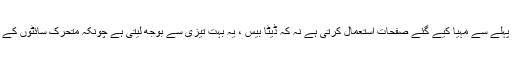
لیکن جس طرح ایک مستحکم ویب سائٹ پہلے سے مہیا کیے گئے صفحات استعمال کرتی ہے نہ کہ ڈیٹا بیس ، یہ بہت تیزی سے بوجھ لیتی ہے چونکہ متحرک سائٹوں کے ساتھ پیچھے پیچھے کوئی دخل نہیں ہے۔